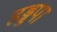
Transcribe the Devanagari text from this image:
हड्डपा